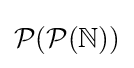
{\mathcal {P}}({\mathcal {P}}(\mathbb {N} ))